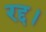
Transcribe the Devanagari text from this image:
रद्द।